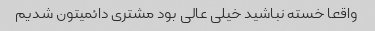
واقعا خسته نباشید خیلی عالی بود مشتری دائمیتون شدیم